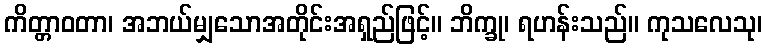
ကိတ္တာဝတာ၊ အဘယ်မျှသောအတိုင်းအရှည်ဖြင့်။ ဘိက္ခု၊ ရဟန်းသည်။ ကုသလေသု၊